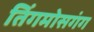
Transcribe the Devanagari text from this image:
तिंगमोसगंग